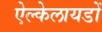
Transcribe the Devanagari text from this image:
ऐल्केलायडों